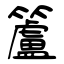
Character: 籚